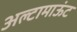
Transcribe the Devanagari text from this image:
अल्टामाऊंट